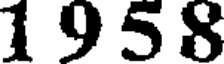
1 9 5 8